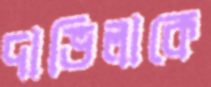
দাভিলাকে